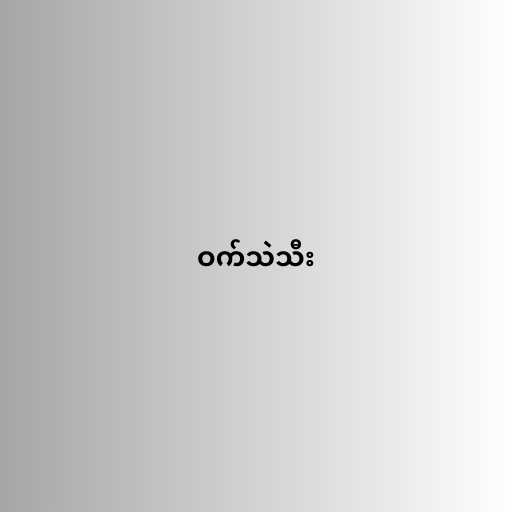
ဝက်သဲသီး